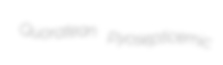
Quoratean pyosepticemic